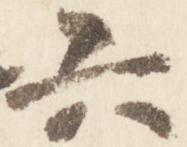
六